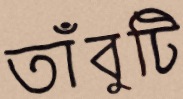
তাঁবুটি